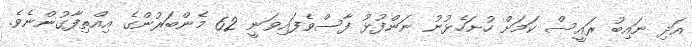
އަދި ނައިބު ރައީސް ކަމަށް ހުށަހެޅުނު ނަންފުޅު ފާސްވެފައިވަނީ 62 މެންބަރުންގެ އިއްތިފާގުންނެވެ.